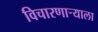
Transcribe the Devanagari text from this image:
विचारणाऱ्याला